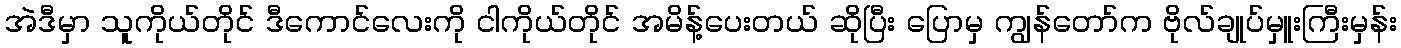
အဲဒီမှာ သူကိုယ်တိုင် ဒီကောင်လေးကို ငါကိုယ်တိုင် အမိန့်ပေးတယ် ဆိုပြီး ပြောမှ ကျွန်တော်က ဗိုလ်ချုပ်မှူးကြီးမှန်း